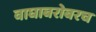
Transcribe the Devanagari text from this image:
वाघाबरोबरच